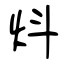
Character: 炓